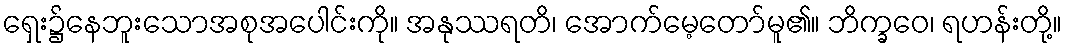
ရှေး၌နေဘူးသောအစုအပေါင်းကို။ အနုဿရတိ၊ အောက်မေ့တော်မူ၏။ ဘိက္ခဝေ၊ ရဟန်းတို့။